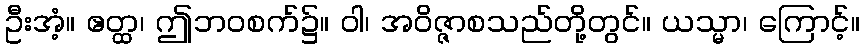
ဦးအံ့။ ဧတ္ထ၊ ဤဘဝစက်၌။ ဝါ၊ အဝိဇ္ဇာစသည်တို့တွင်။ ယသ္မာ၊ ကြောင့်။